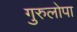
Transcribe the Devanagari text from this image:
गुरुलोपा